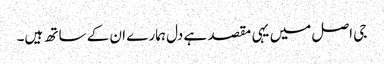
جی اصل میں یہی مقصد ہے دل ہمارے ان کے ساتھ ہیں۔